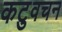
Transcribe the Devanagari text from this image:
कटुवचन